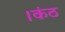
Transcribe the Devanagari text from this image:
।कंठ